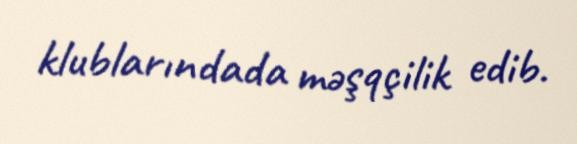
klublarındada məşqçilik edib.